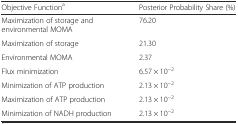
<table><thead><tr><td><b>Objective Function<sup>a</sup></b></td><td><b>Posterior Probability Share (%)</b></td></tr></thead><tbody><tr><td>Maximization of storage and environmental MOMA</td><td>76.20</td></tr><tr><td>Maximization of storage</td><td>21.30</td></tr><tr><td>Environmental MOMA</td><td>2.37</td></tr><tr><td>Flux minimization</td><td>6.57 × 10<sup>−2</sup></td></tr><tr><td>Minimization of ATP production</td><td>2.13 × 10<sup>−2</sup></td></tr><tr><td>Maximization of ATP production</td><td>2.13 × 10<sup>−2</sup></td></tr><tr><td>Minimization of NADH production</td><td>2.13 × 10<sup>−2</sup></td></tr></tbody></table>